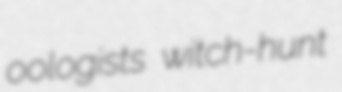
oologists witch-hunt